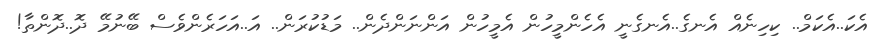
އެކަ..އެކަމް.. ކިހިނެއް އެނގެ..އެނގެނީ އެހެންމީހުން އެމީހުން އަންނަންދެން.. މަޑުކުރަން.. އަ..އަހަރެންވެސް ބޭނުމޭ ދޮ..ދޮންތާ!